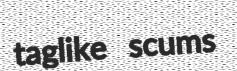
taglike scums